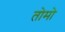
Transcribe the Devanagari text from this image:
तोमो